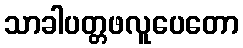
သာခါပတ္တဖလူပေတော